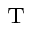
_ \mathrm { T }